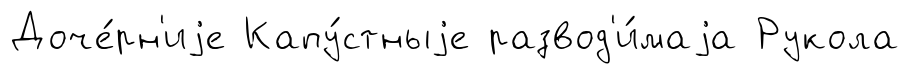
Доче́рн'иjе Капу́стныjе развод'и́маjа Рукола